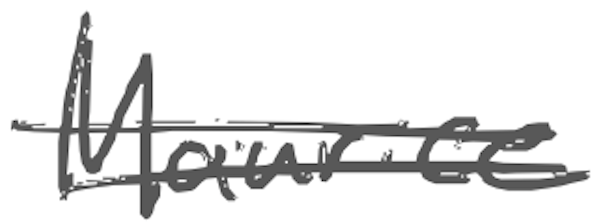
Text: Maurice
Cross-out: double-line
Writing tool: digital_gray